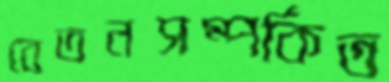
বেতনসম্পর্কিত